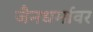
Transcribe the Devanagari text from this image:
जैनधर्मावर